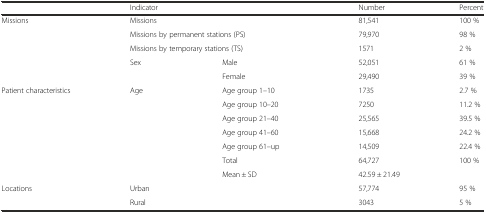
|  | <COLSPAN=2> Indicator | Number | Percent |
 | --- | --- | --- | --- | --- |
 | <ROWSPAN=5> Missions | <COLSPAN=2> Missions | 81,541 | 100 % |
 | <COLSPAN=2> Missions by permanent stations (PS) | 79,970 | 98 % |
 | <COLSPAN=2> Missions by temporary stations (TS) | 1571 | 2 % |
 | <ROWSPAN=2> Sex | Male | 52,051 | 61 % |
 | Female | 29,490 | 39 % |
 | <ROWSPAN=7> Patient characteristics | <ROWSPAN=7> Age | Age group 1–10 | 1735 | 2.7 % |
 | Age group 10–20 | 7250 | 11.2 % |
 | Age group 21–40 | 25,565 | 39.5 % |
 | Age group 41–60 | 15,668 | 24.2 % |
 | Age group 61–up | 14,509 | 22.4 % |
 | Total | 64,727 | 100 % |
 | Mean ± SD | 42.59 ± 21.49 |  |
 | <ROWSPAN=2> Locations | <COLSPAN=2> Urban | 57,774 | 95 % |
 | <COLSPAN=2> Rural | 3043 | 5 % |